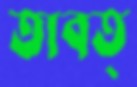
তাবত্